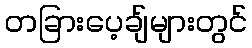
တခြားပေ့ချ်များတွင်